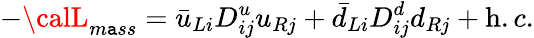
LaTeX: -{\calL}_{m\mathtt{a}ss}=\bar{{u}}_{Li}D_{ij}^{u}u_{Rj}+\bar{{d}}_{Li}D_{ij}^{d}d_{Rj}+{\mathrm{h}.c.}